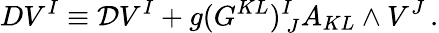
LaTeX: DV^{I}\equiv{\cal D}V^{I}+g(G^{KL})_{~J}^{I}A_{KL}\wedge V^{J}\, .